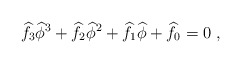
\begin{align*}\widehat{f}_3\widehat{\phi}^3 +\widehat{f}_2\widehat{\phi}^2+\widehat{f}_1\widehat{\phi}+\widehat{f}_0 = 0 \ ,\end{align*}